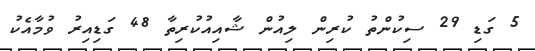
5 ގަޑި 29 ސިކުންތު ކުރިން ލިއުން ޝާއިއުކުރިތާ 48 ގަޑިއިރު ވުމާއެކު